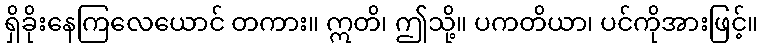
ရှိခိုးနေကြလေယောင် တကား။ ဣတိ၊ ဤသို့။ ပကတိယာ၊ ပင်ကိုအားဖြင့်။